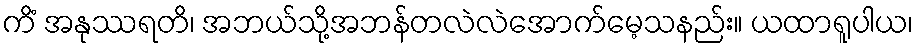
ကိံ အနုဿရတိ၊ အဘယ်သို့အဘန်တလဲလဲအောက်မေ့သနည်း။ ယထာရူပါယ၊